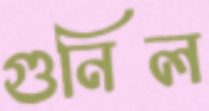
গুনিল